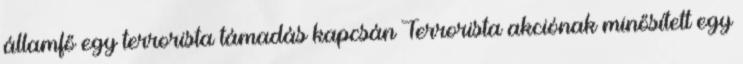
államfő egy terrorista támadás kapcsán Terrorista akciónak minősített egy